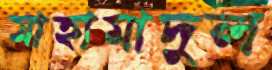
মাহামাদুল